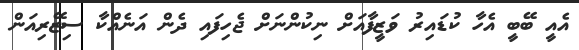
އެއީ ބޭބީ އެހާ ކުޑައިރު ވަޒީފާއަށް ނިކުންނަށް ޖެހިފައި ދެން އަނެއްކާ ސިޒޭރިއަން